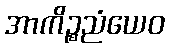
အာကိဉ္စညံယေဝ